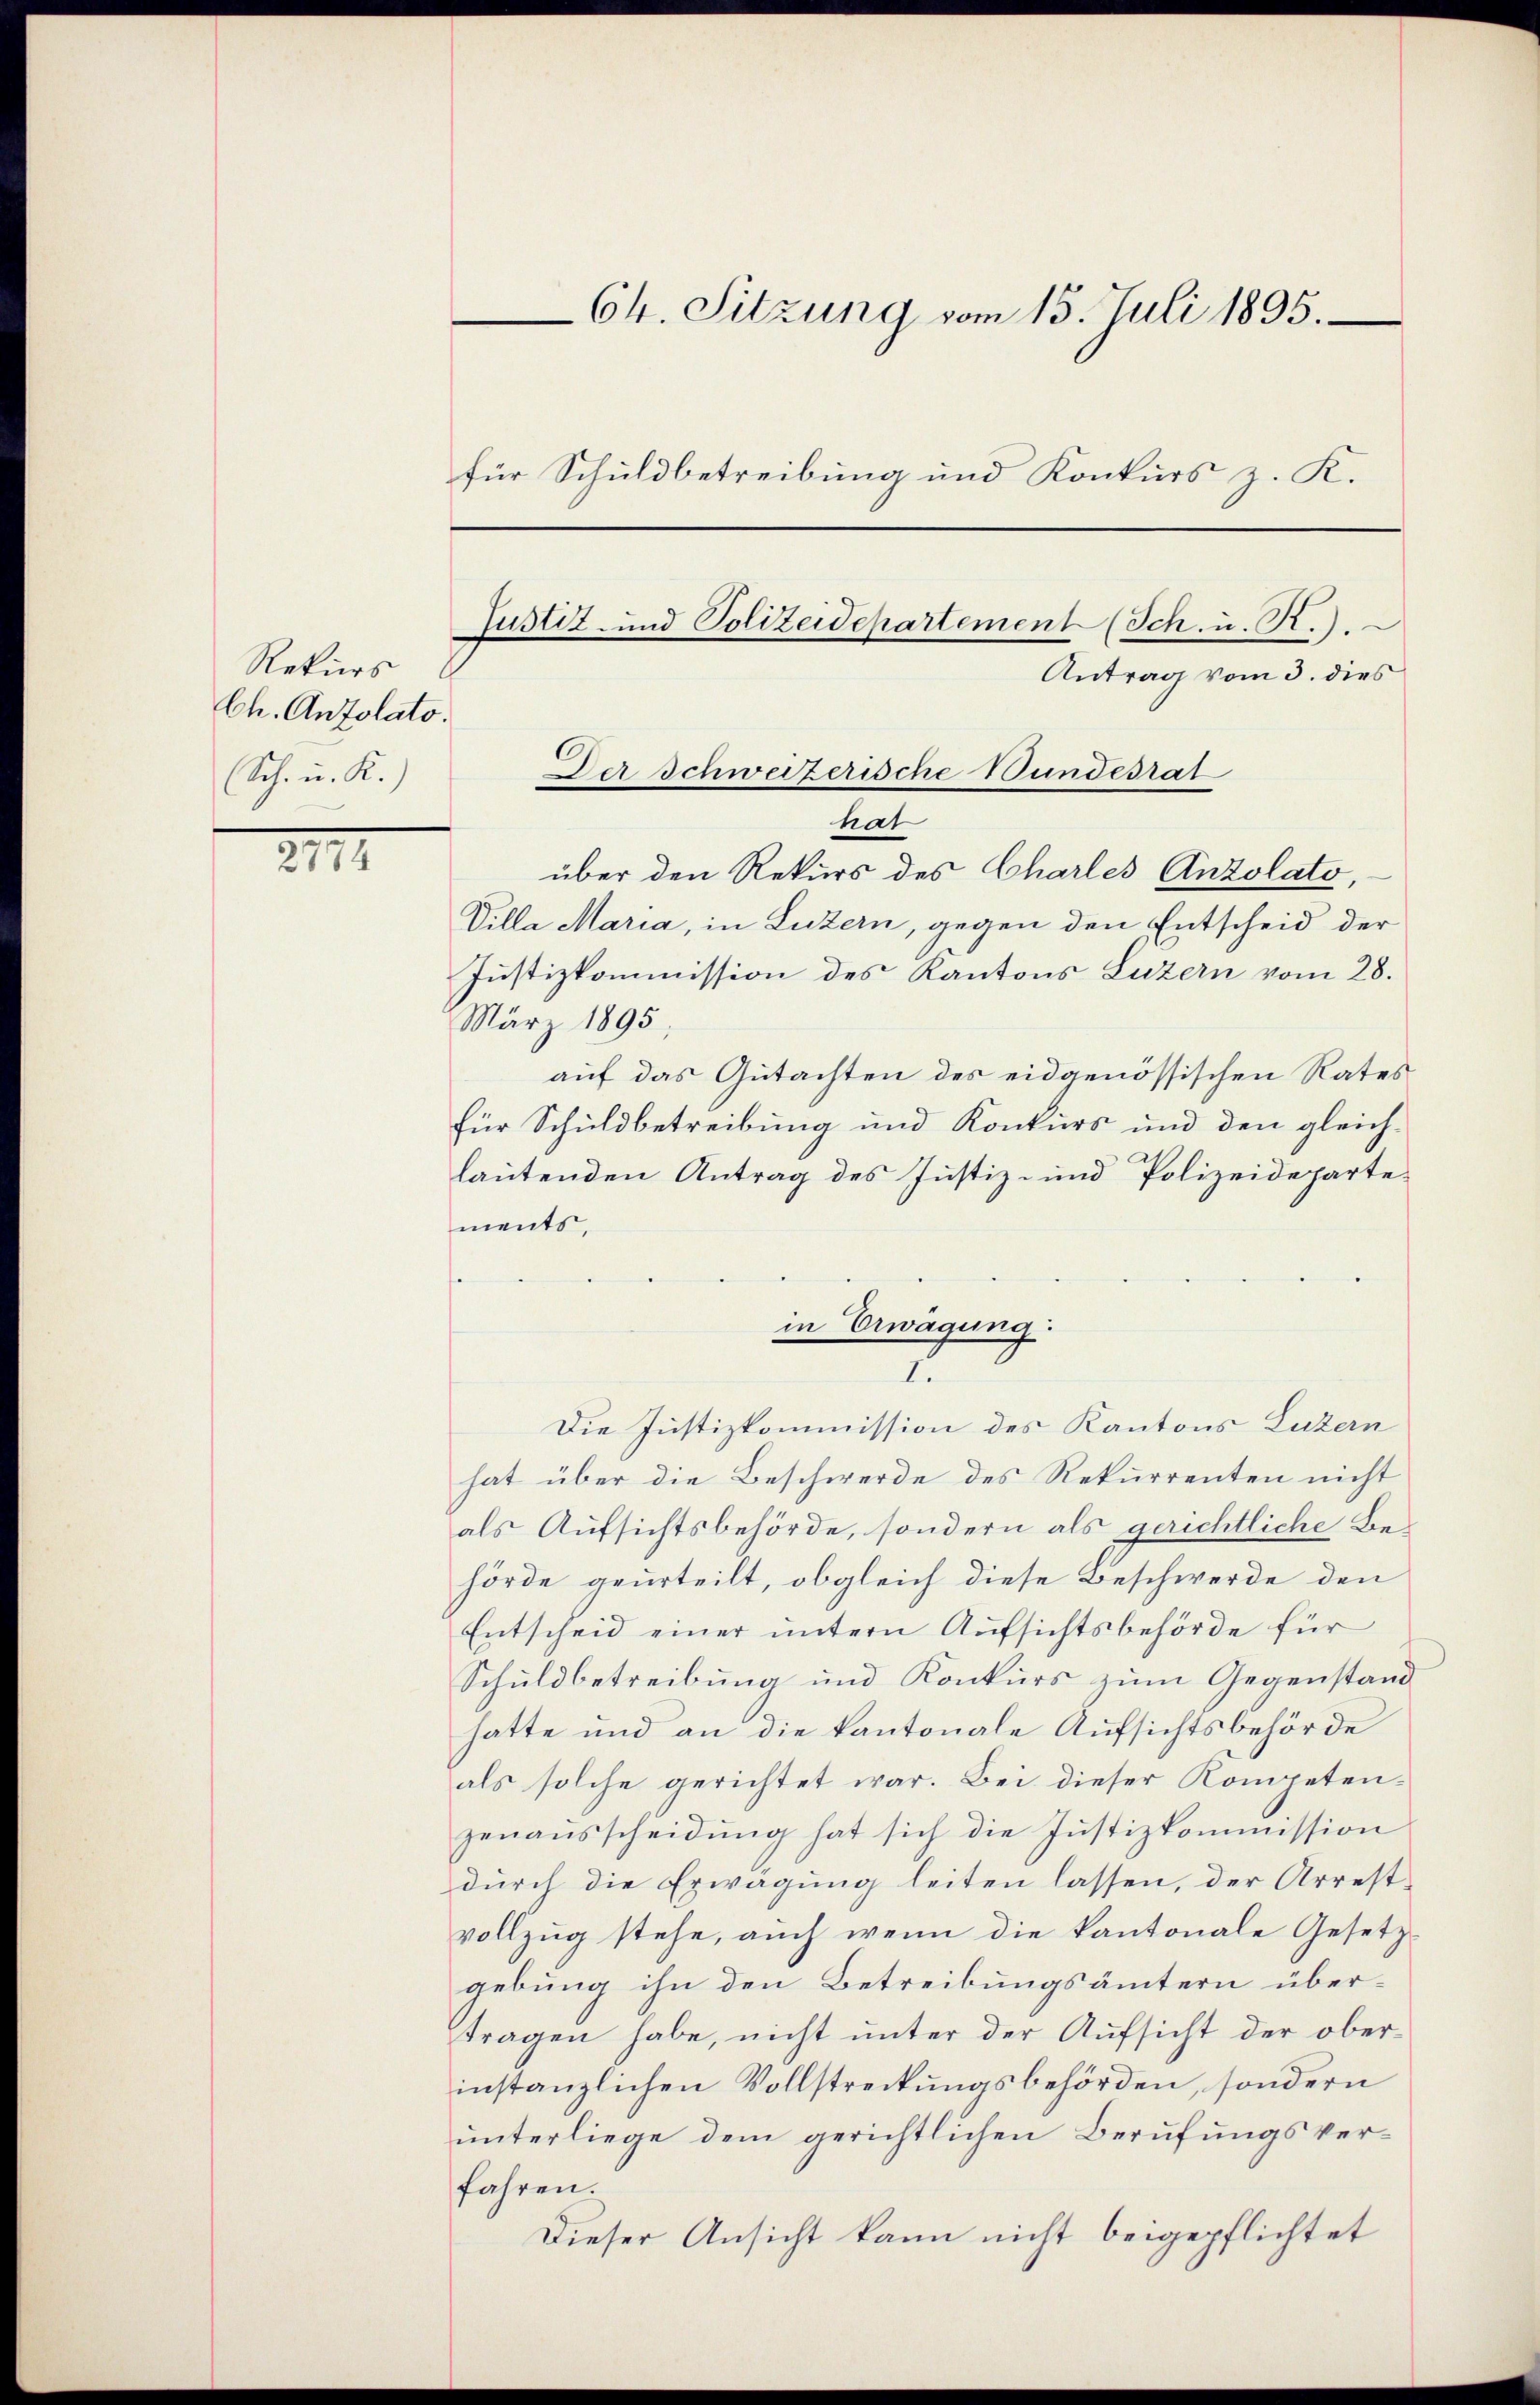
Rekurs
Ch. Antolato.
Sch. u. R.)

XIII

64. Sitzung vom 15. Juli 1895.
für Schuldbetreibung und Konkurs z. K.

nat
über den Rekurs des Charles Anzolato,
Villa Maria, in Luzern, gegen den Entscheid der
Justizkommission des Kantons Luzern vom 28.
März 1895
auf das Gutachten des eidgenössischen Rates
für Schuldbetreibung und Konkurs und den gleichlautenden Antrag des Justiz- und Polizeidepartements,
Die Justizkommission des Kantons Luzern
hat über die Beschwerde des Rekurrenten nicht
als Aufsichtsbehörde, sondern als gerichtliche Behörde geurteilt, obgleich diese Beschwerde den
Entscheid einer untern Aufsichtsbehörde für
Schuldbetreibung und Konkurs zum Gegenstand
hatte und an die kantonale Aufsichtsbehörde
als solche gerichtet war. Bei dieser Kompetenzenaŭsscheidŭng hat sich die Justizkommission
durch die Erwägung leiten lassen, der Arrestvollzug stehe, auch wenn die kantonale Gesetze
gebung ihn den Betreibungsämtern übertragen habe, nicht unter der Aufsicht der oberinstanzlichen Vollstreckungsbehörden, sondern
unterliege dem gerichtlichen Berufungsverfahren.
Dieser Ansicht kann nicht beigepflichtet

Antrag vom 3. dies
Der Schweizerische Wundesrat

Justiz- und Polizeidepartement (Sch. u. R.)

in Erwägung:
7